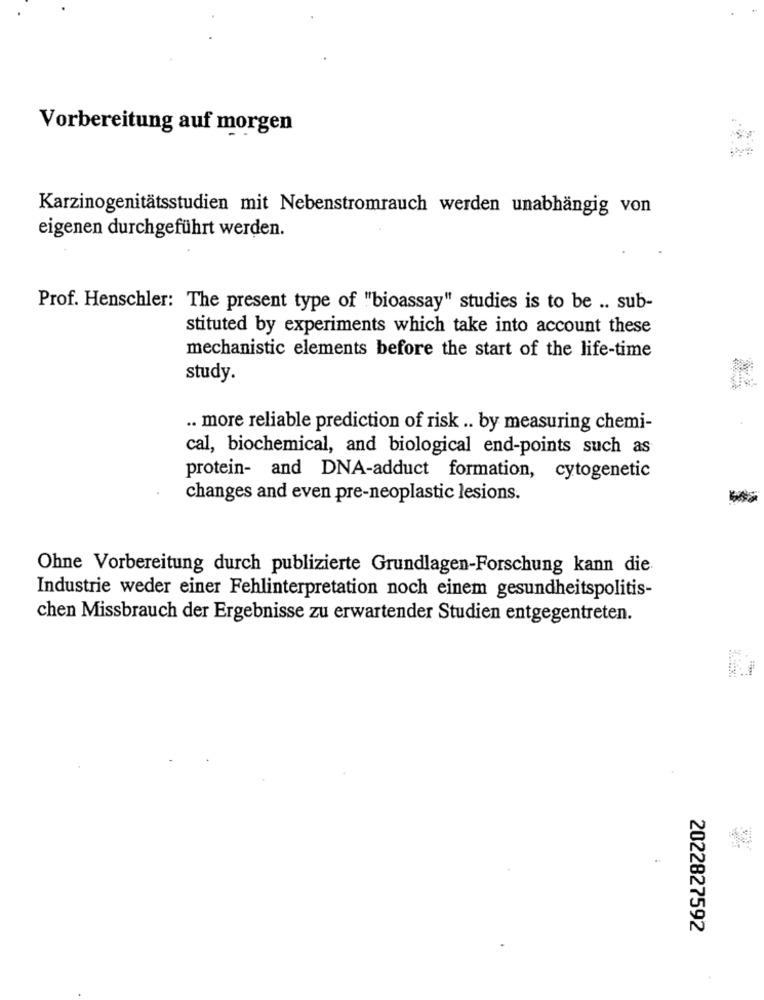
Vorbereitung auf morgen
Karzinogenitätsstudien mit Nebenstromrauch werden unabhängig von
eigenen durchgeführt werden.
Prof. Henschler: The present type of "bioassay" studies is to be .. sub-
stituted by experiments which take into account these
mechanistic elements before the start of the life-time
study.
.. more reliable prediction of risk .. by measuring chemi-
cal, biochemical, and biological end-points such as
protein- and DNA-adduct formation, cytogenetic
changes and even pre-neoplastic lesions.
Ohne Vorbereitung durch publizierte Grundlagen-Forschung kann die
Industrie weder einer Fehlinterpretation noch einem gesundheitspolitis-
chen Missbrauch der Ergebnisse zu erwartender Studien entgegentreten.
2022827592